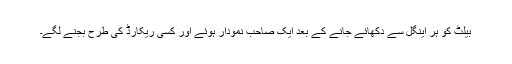
بیلٹ کو ہر اینگل سے دکھائے جانے کے بعد ایک صاحب نمودار ہوئے اور کسی ریکارڈ کی طرح بجنے لگے۔